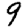
Digit: 9